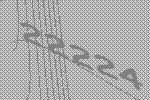
22224